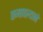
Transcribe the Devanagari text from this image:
कमावल्याने